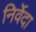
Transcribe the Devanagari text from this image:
निर्वेदा